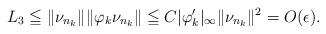
LaTeX: \begin{align*}L_3\leqq \|\nu_{n_k}\|\|\varphi_k\nu_{n_k}\|\leqq C|\varphi'_k|_{\infty}\|\nu_{n_k}\|^2=O(\epsilon).\end{align*}